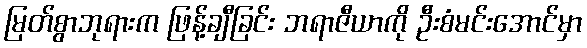
မြတ်စွာဘုရားက ဖြန့်ချီခြင်း ဘရာဇီယာကို ဦးစံမင်းအောင်မှာ